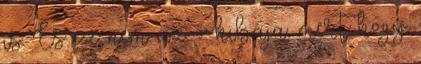
is. És ez nem az ő hibája, mert hogy